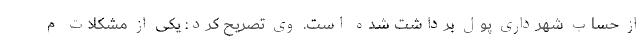
از حساب شهرداری پول برداشت شده است. وی تصریح کرد: یکی از مشکلات م